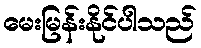
မေးမြန်းနိုင်ပါသည်